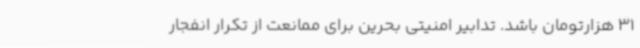
31 هزارتومان باشد. تدابیر امنیتی بحرین برای ممانعت از تکرار انفجار